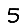
Digit: 5